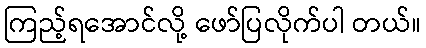
ကြည့်ရအောင်လို့ ဖော်ပြလိုက်ပါ တယ်။